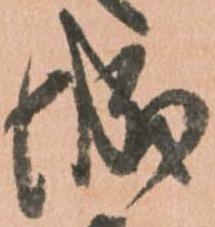
城